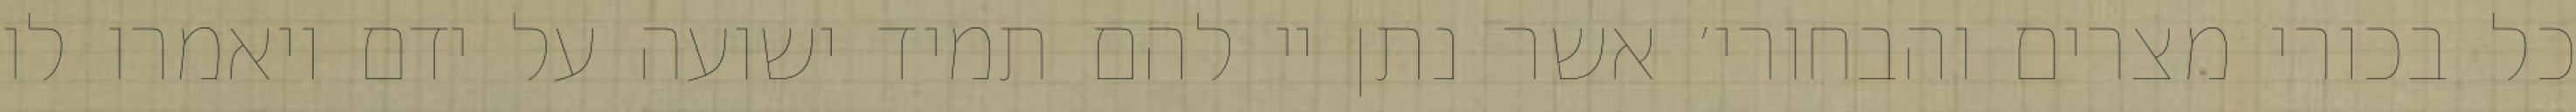
כל בכורי מצרים והבחורי׳ אשר נתן יי להם תמיד ישועה על ידם ויאמרו לו